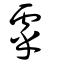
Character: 虖